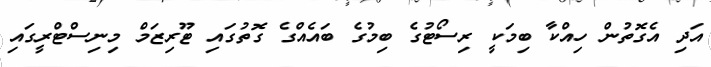
އަދި އެގޮތުން ހިއްކާ ބިމަކީ ރިސޯޓުގެ ބިމުގެ ބައެއްގެ ގޮތުގައި ޓޫރިޒަމް މިނިސްޓްރީގައި